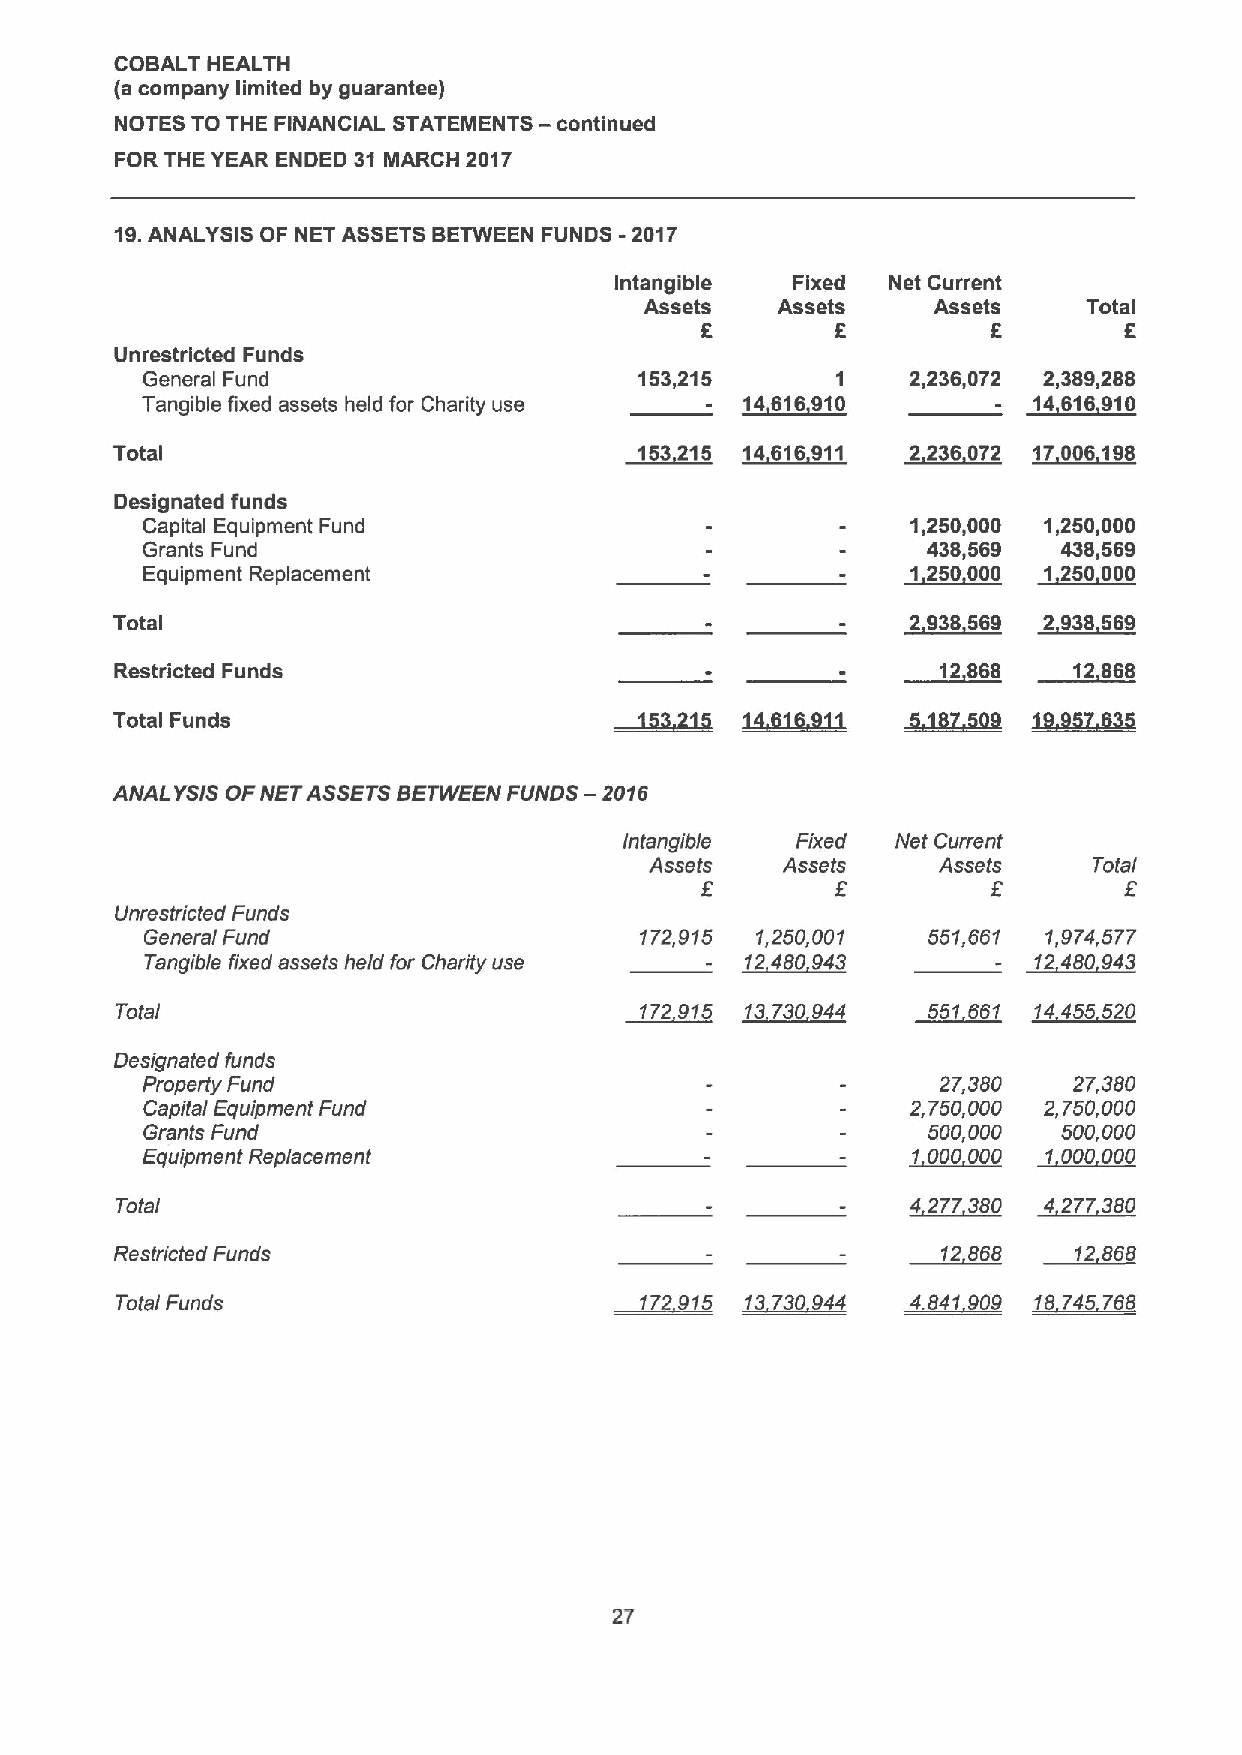
COBALT HEALTH
 (a company limited by guarantee)
 NOTES TO THE FINANCIAL STATEMENTS
 —continued
 FOR THE YEAR ENDED 31 MARCH 2017
 19.ANALYSIS OF NET ASSETSBETWEEN FUNDS -2017
 Intangible Fixed  Net Current
 Assets  Assets     Assets    Total
 6        6
 Unrestricted Funds
 General Fund                     153,215      1    2,236,072 2,389,288
 Tangible fixed assets held for Charity use 14616910        14616910
 Total                              153215 14616911   2 236 072 17006190
 Designated funds
 Capital Equipment Fund                             1,250,000 1,250,000
 Grants Fund                                         438,569  438,569
 Equipment Replacement                              1 250 000 1 250 000
 Total                                                2 030560 2 938560
 Restricted Funds                                      12 068   12860
 Total Funds
 ANALYSIS OFNETASSETSBETWEEN FUNDS —2016
 Intangible  Fixed Net Current
 Assets   Assets    Assets    Total
 f                  f
 6
 Unrestricted Funds
 General Fund                    172,915 1,250,001  551,661 1,974,577
 Tangible fixed assets held for Charity use 12480943       12480043
 Total                             172915 13730944    ~51661 14455520
 Designated funds
 Property Fund                                        27,380   27,380
 Capital Equipment Fund                             2,750,000 2,750,000
 Grants Fund                                         500,000  500,000
 Equipment Replacement                              1000000  1000000
 Total                                               4277380  4277380
 Restricted Funds                                      12868    12868
 Total Funds                       172915 13730944   4.841 909 18745 768
 27